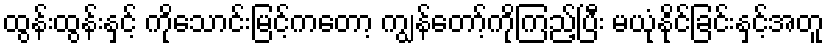
ထွန်းထွန်းနှင့် ကိုသောင်းမြင့်ကတော့ ကျွန်တော့်ကိုကြည့်ပြီး မယုံနိုင်ခြင်းနှင့်အတူ